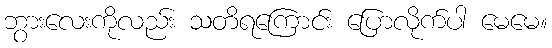
ဘွားလေးကိုလည်း သတိရကြောင်း ပြောလိုက်ပါ မေမေ။